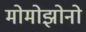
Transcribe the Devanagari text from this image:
मोमोझोनो